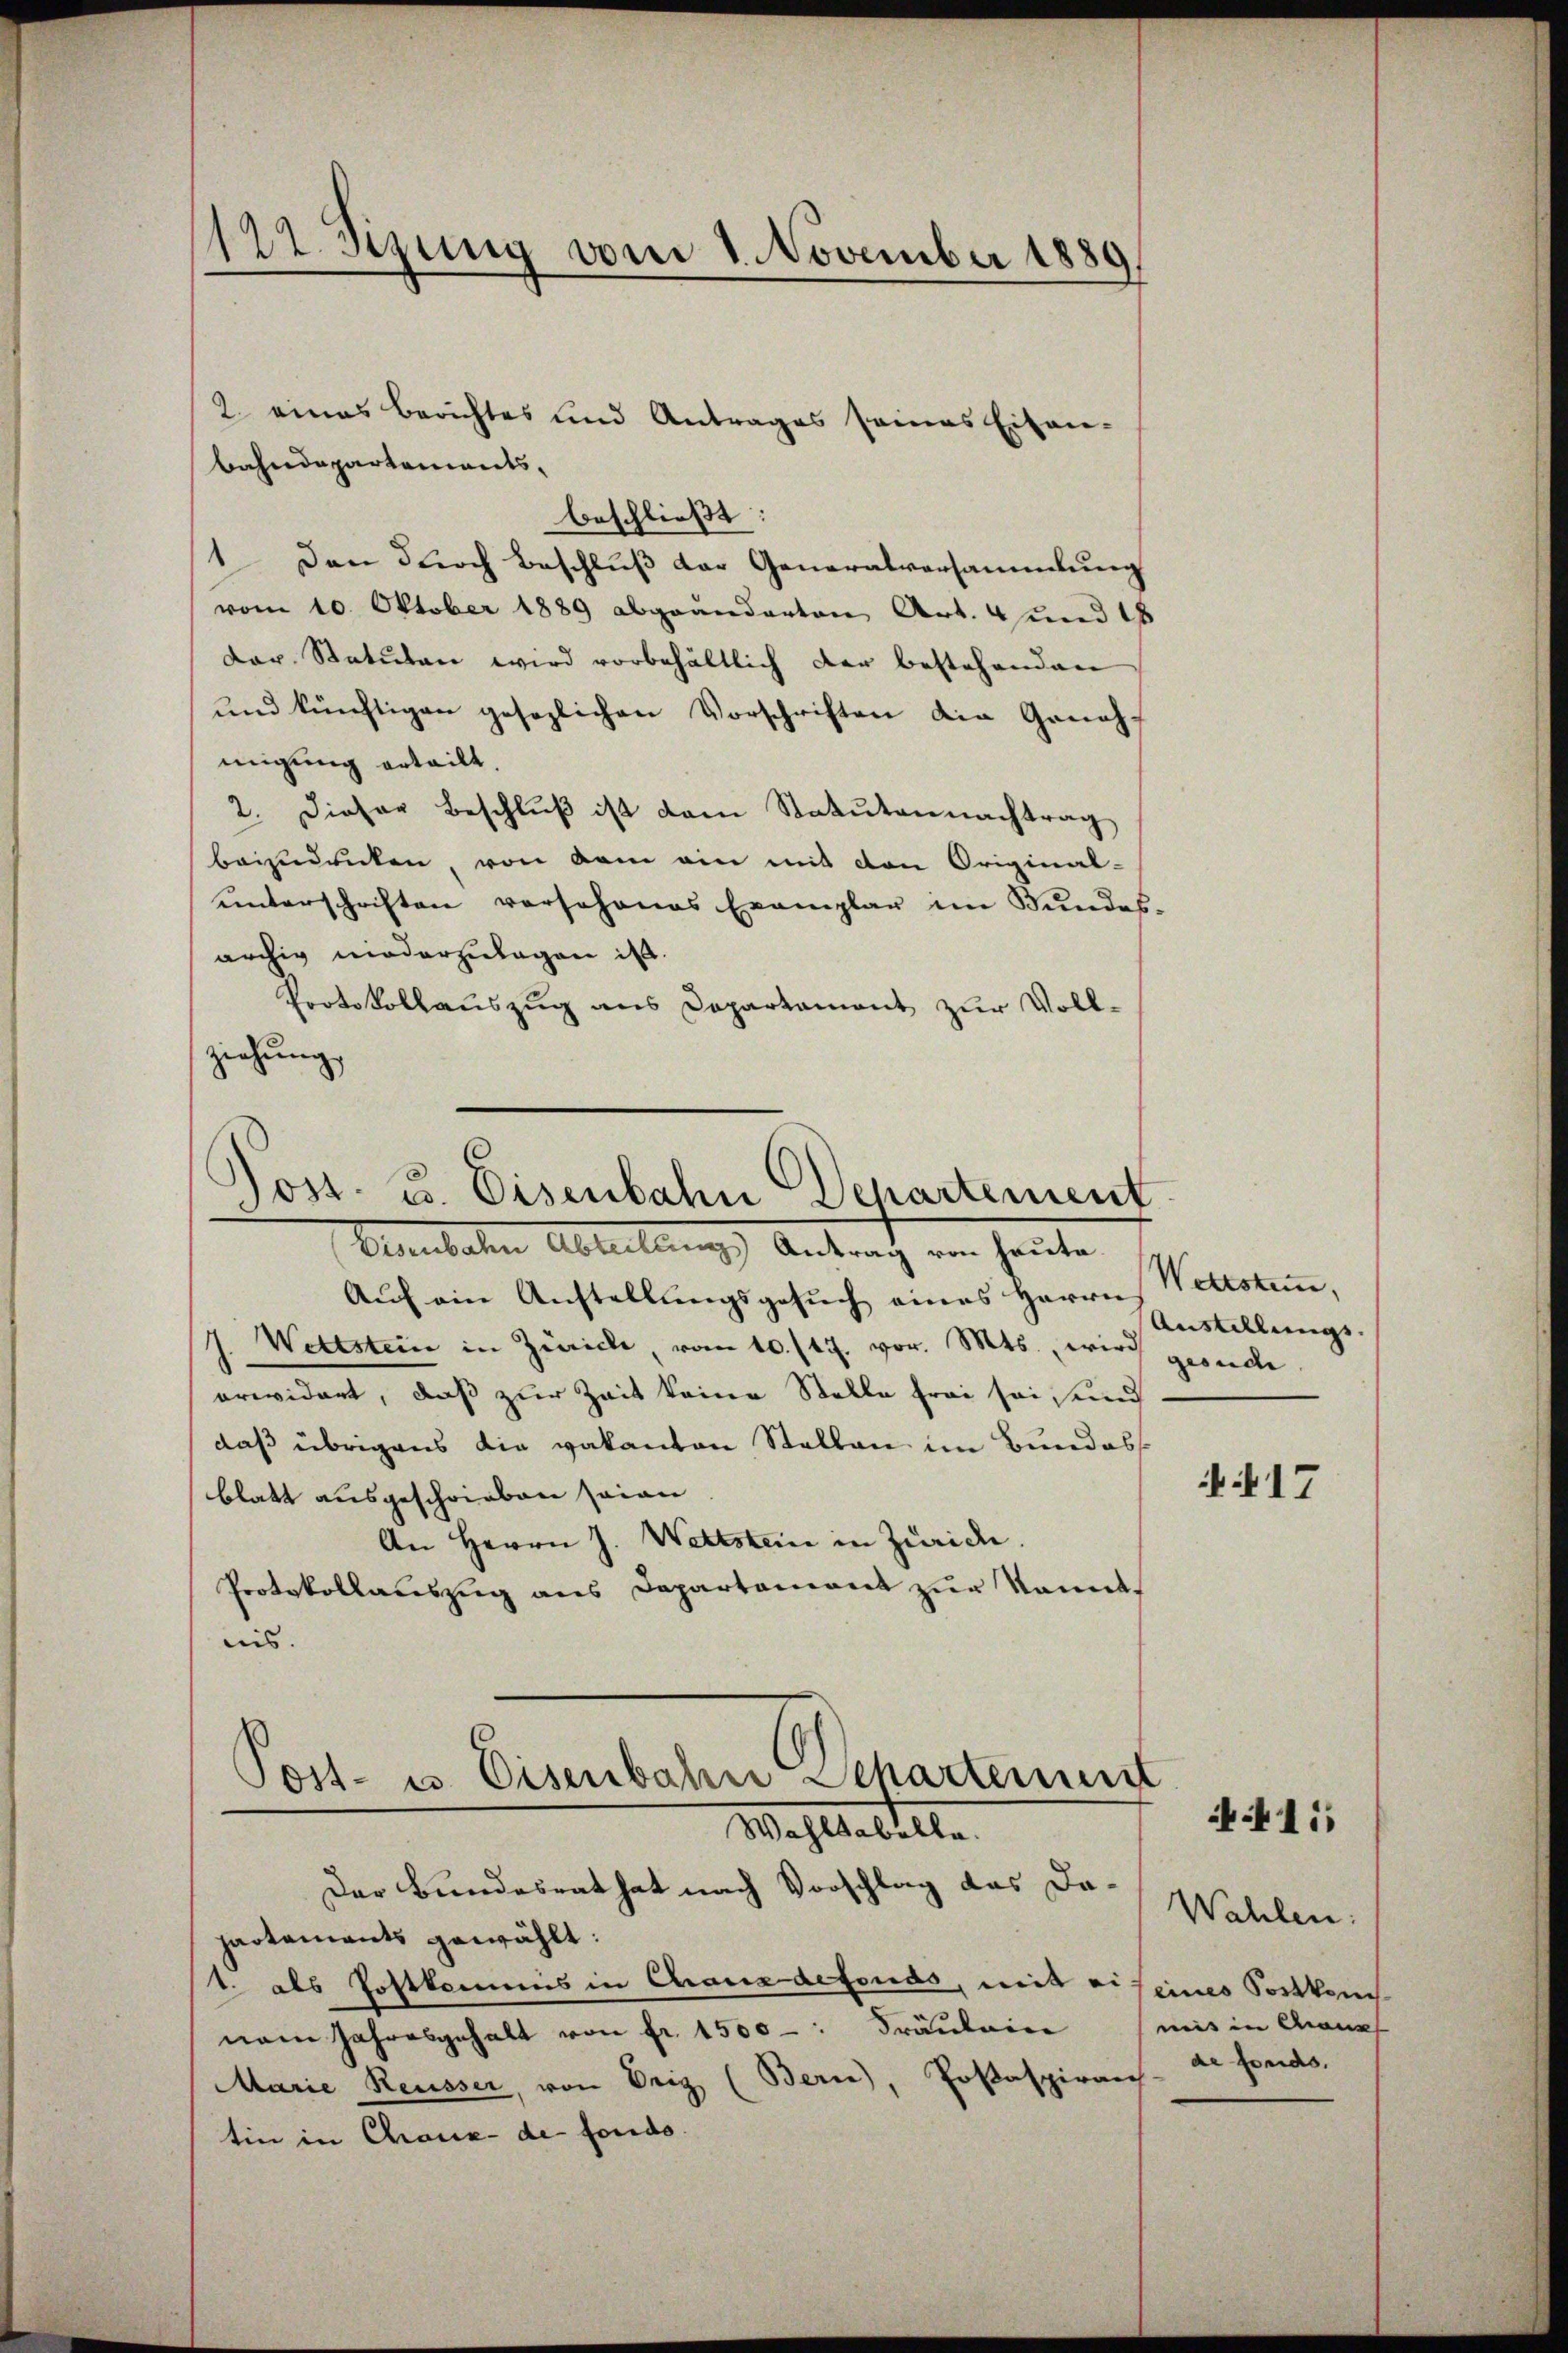
¬
122. Jung vom 1. November 1889

bahndepartements-
beschließt:
1. Den durch Beschlŭβ der Generalversammlung
vom 10. Oktober 1889 abgewiederten Art. und 18
Der Statuten wird vorbehältlich der bestehenden
und künftigen gesezlichen Vorschriften die Geneh-
migung erteilt.
2. Dieser Beschlŭβ ist dem Statuten nachtrag
beizudrücken, von dem ein mit den Original-
unterschriften vorschanes Exemplar im Bundes-
archig niederzulagen ist.
Protokollauszug aus Departament zur Vollziehung

2. eines Berichtes und Antrages seines Eisen-

Post- u. Eisenbahn Departement
Dernbaten Abteilung Antrach von heute

Auf ein Anstellungsgesuch eines Herrn Wettstem,
J. Wettstein in Zürich, vom 10./17. vor. Mts., wird geonde
orwidert, daß zur Zeit keine Stelle frei sei, und
daß übrigens die vakanton Stallen im Bundess
blatt ausgeschrieben seien
An Herrn J. Wettstein in Zürich.
Protokollauszug aus Departemont zur konnt
nis.

Post- u. Eisenbahn Departement
Wohlseelte

Der Bundesrat hat nach Vorschlag das Dapartaments gewählt:
1. als Postkommis in Chaus defonds, mit eiseines Sostkan
nem Jahresgehalt von fr. 1500 : Fräulein
Marie Reusser, von Drig (Bern), Posaspirante fonds.
tin in Chaux-de fondo.

Austellungs-

N 17

Wahlen:
mis in Grun

4111